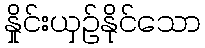
နှိုင်းယှဉ်နိုင်သော